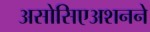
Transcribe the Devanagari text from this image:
असोसिएअशनने